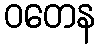
ဝတေန